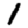
Digit: 1